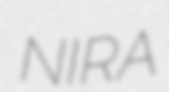
NIRA